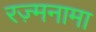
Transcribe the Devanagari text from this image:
रज़्मनामा